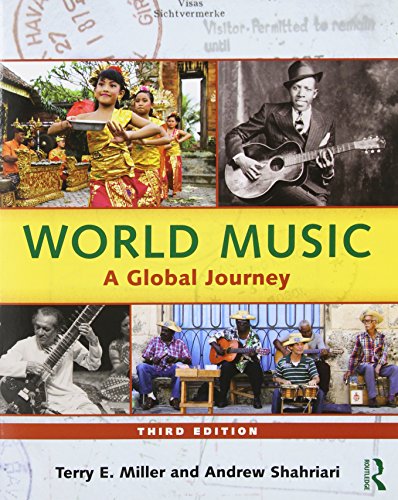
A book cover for World Music: A Global Journey - Paperback & CD Set Value Pack; Terry E. Miller; Arts & Photography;